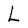
Character: L